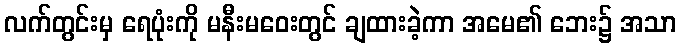
လက်တွင်းမှ ရေပုံးကို မနီးမဝေးတွင် ချထားခဲ့ကာ အမေ၏ ဘေး၌ အသာ